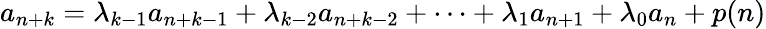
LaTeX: a_{n+k}=\lambda_{k-1}a_{n+k-1}+\lambda_{k-2}a_{n+k-2}+\cdots+\lambda_{1}a_{n+1}+\lambda_{0}a_{n}+p(n)